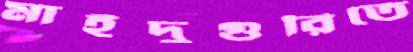
মাইদুগুরিতে